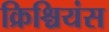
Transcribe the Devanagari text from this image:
क्रिश्चियंस